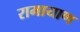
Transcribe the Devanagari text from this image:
रामायाण